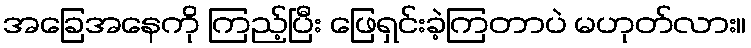
အခြေအနေကို ကြည့်ပြီး ဖြေရှင်းခဲ့ကြတာပဲ မဟုတ်လား။